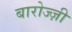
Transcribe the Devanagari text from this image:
बारोज्ज़ी